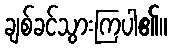
ချစ်ခင်သွားကြပါ၏။